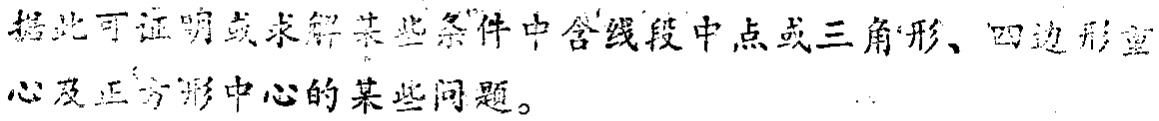
据此可证明或求解某些条件中含线段中点或三角形、四边形重心及正方形中心的某些问题。